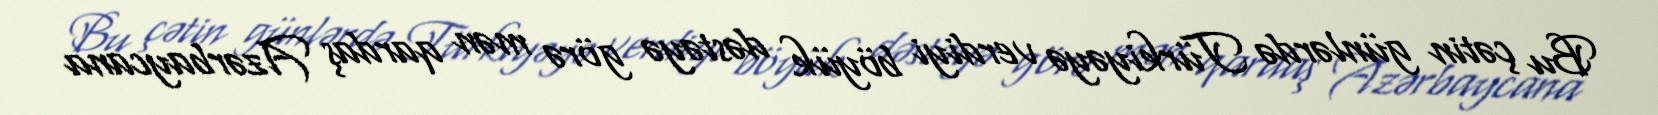
Bu çətin günlərdə Türkiyəyə verdiyi böyük dəstəyə görə mən qardaş Azərbaycana